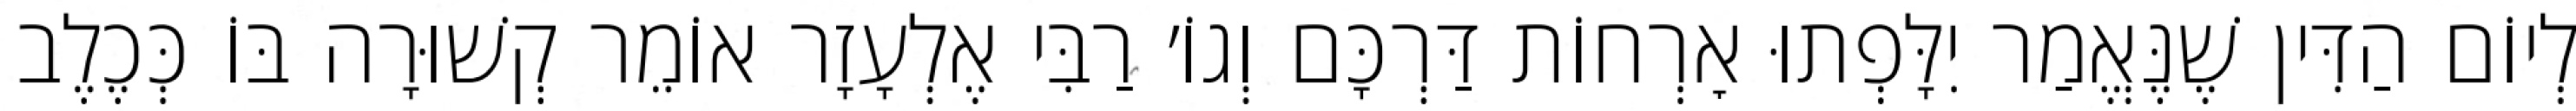
לְיוֹם הַדִּין שֶׁנֶּאֱמַר יִלָּפְתוּ אׇרְחוֹת דַּרְכָּם וְגוֹ׳ רַבִּי אֶלְעָזָר אוֹמֵר קְשׁוּרָה בּוֹ כְּכֶלֶב